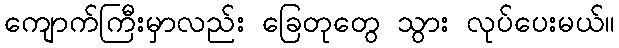
ကျောက်ကြီးမှာလည်း ခြေတုတွေ သွား လုပ်ပေးမယ်။